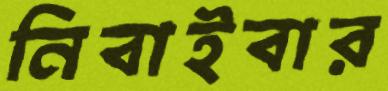
নিবাইবার